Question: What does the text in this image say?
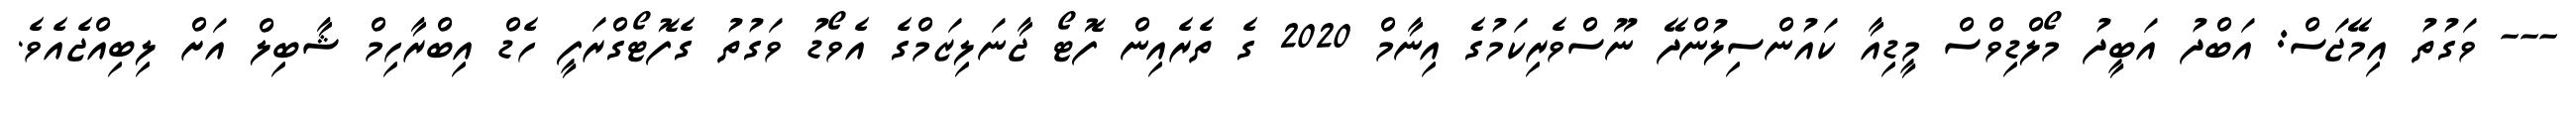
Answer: --- ވަގުތު އިމޭޖަސް: އަބްދު އަބީދު މޯލްޑިވްސް މީޑިއާ ކައުންސިލުންދޭ ނޫސްވެރިކަމުގެ އިނާމް 2020 ގެ ތެރެއިން ފޮޓޯ ޖާނަލިޒަމްގެ އެވޯޑު ވަގުތު ގެފޮޓޯގްރަފީ ހެޑް އިބްރާހިމް ޝާބިލް އަށް ލިބިއްޖެއެވެ.